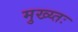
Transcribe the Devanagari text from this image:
मुख्य्तः